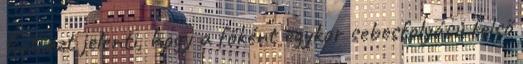
Ezt azt jelenti, hogy a főként egykor sebesfolyású felső